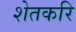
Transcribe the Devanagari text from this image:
शेतकरि